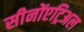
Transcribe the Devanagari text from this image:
सीनोंएट्रिअल